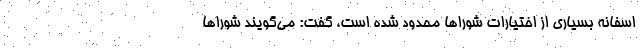
اسفانه بسیاری از اختیارات شوراها محدود شده است، گفت: می‌گویند شوراها